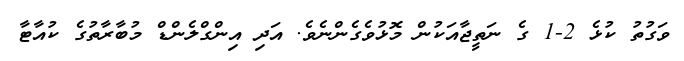
ވަގުތު ކުޅެ 2-1 ގެ ނަތީޖާއަކުން މޮޅުވެގެންނެވެ. އަދި އިންގްލެންޑް މުބާރާތުގެ ކުއާޓާ